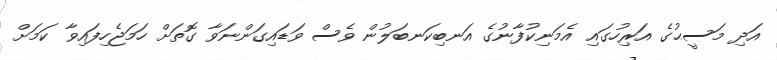
އަދި މަސީޙުގެ އަރިހުގައި އެމަނިކުފާނުގެ އަނބިކަނބަލުން ވެސް ވަޑައިގަންނަވާ ގޮތަށް ހަމަޖެހިފައިވާ ކަމަށް